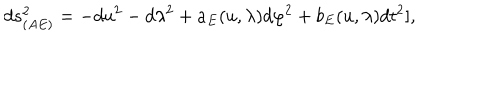
d s _ { ( A E ) } ^ { 2 } = - d u ^ { 2 } - d \lambda ^ { 2 } + a _ { E } ( u , \lambda ) d \varphi ^ { 2 } + b _ { E } ( u , \lambda ) d t ^ { 2 } ] ,